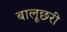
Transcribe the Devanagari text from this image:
बालूछरी